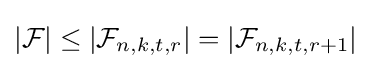
|{\mathcal {F}}|\leq |{\mathcal {F}}_{n,k,t,r}|=|{\mathcal {F}}_{n,k,t,r+1}|